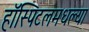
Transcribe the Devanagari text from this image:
हॉस्पिटलमधल्या